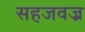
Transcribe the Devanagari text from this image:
सहजवज्र